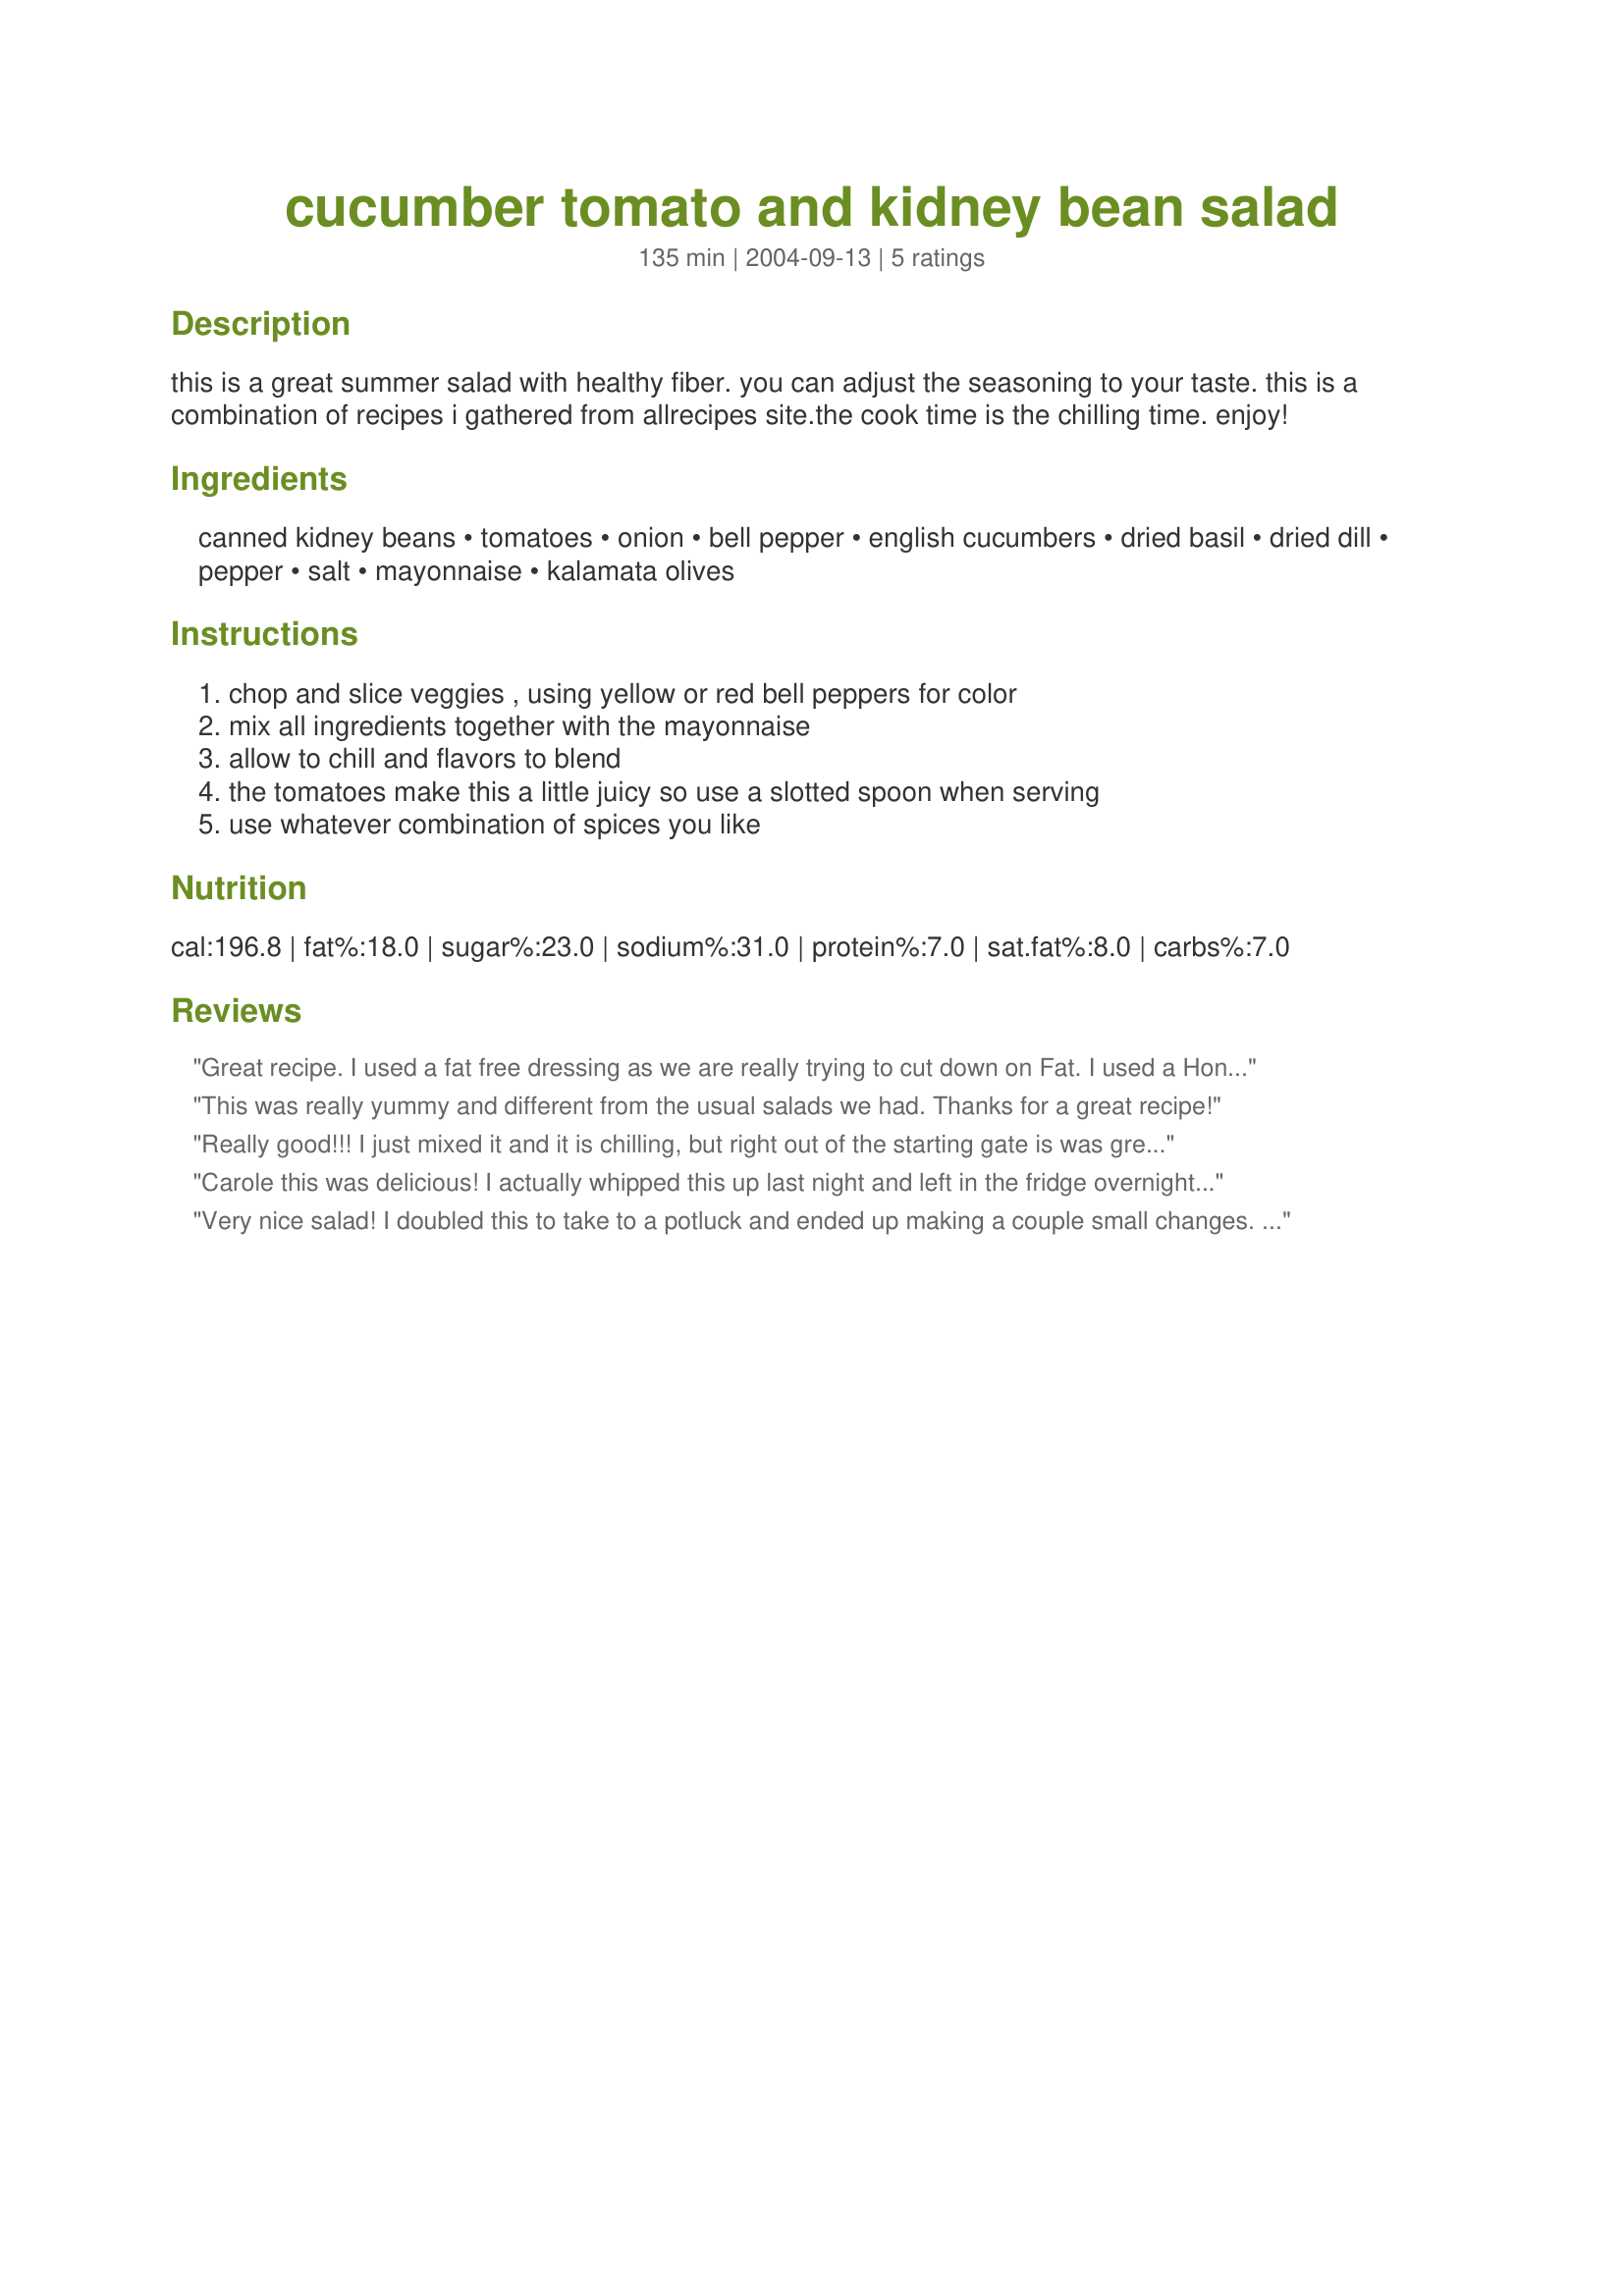
cucumber tomato and kidney bean salad
Preparation time: 135 minutes

this is a great summer salad with healthy fiber. you can adjust the seasoning to your taste. this is a combination of recipes i gathered from allrecipes site.the cook time is the chilling time. enjoy!

Ingredients:
canned kidney beans, tomatoes, onion, bell pepper, english cucumbers, dried basil, dried dill, pepper, salt, mayonnaise, kalamata olives

Steps:
chop and slice veggies , using yellow or red bell peppers for color, mix all ingredients together with the mayonnaise, allow to chill and flavors to blend, the tomatoes make this a little juicy so use a slotted spoon when serving, use whatever combination of spices you like

Reviews:
Great recipe. I used a fat free dressing as we are really trying to cut down on Fat. I used a Honey Dijon flavor but will try others each time I make this.
This was really yummy and different from the usual salads we had. Thanks for a great recipe!
Really good!!! I just mixed it and it is chilling, but right out of the starting gate is was great! I used fresh dill and basil and omitted the olives. Thanks so much for sharing!!!!
Carole this was delicious! I actually whipped this up last night and left in the fridge overnight to blend the flavors. I cut the basil and dill in half, and just used regular canned olives, as that's all I had on hand, also I used one whole onion (slices thinly). MY DH got into it last night, so we will have what is left tonight with crusty rolls, and some pork chops. Thanks so much for sharing Carole, this is a keeper for sure!....Kitten:)
Very nice salad! I doubled this to take to a potluck and ended up making a couple small changes. I used 4 large green onions, 18 kalamatas, and did not double the dill or basil. I also ran out of mayo so only used about 2/3 cup, but that turned out to be the perfect amount for my taste. Thanks for the recipe!
